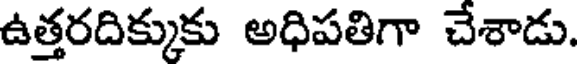
ఉత్తరదిక్కుకు అధిపతిగా చేశాడు.